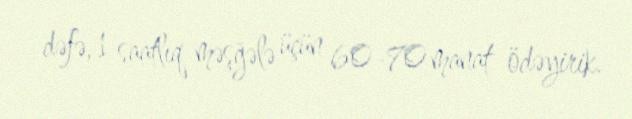
dəfə, 1 saatlıq məşğələ üçün 60-70 manat ödəyirik.